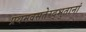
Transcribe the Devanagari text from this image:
प्रथमवसतेरद्भुतानां